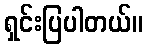
ရှင်းပြပါတယ်။